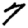
Digit: 7